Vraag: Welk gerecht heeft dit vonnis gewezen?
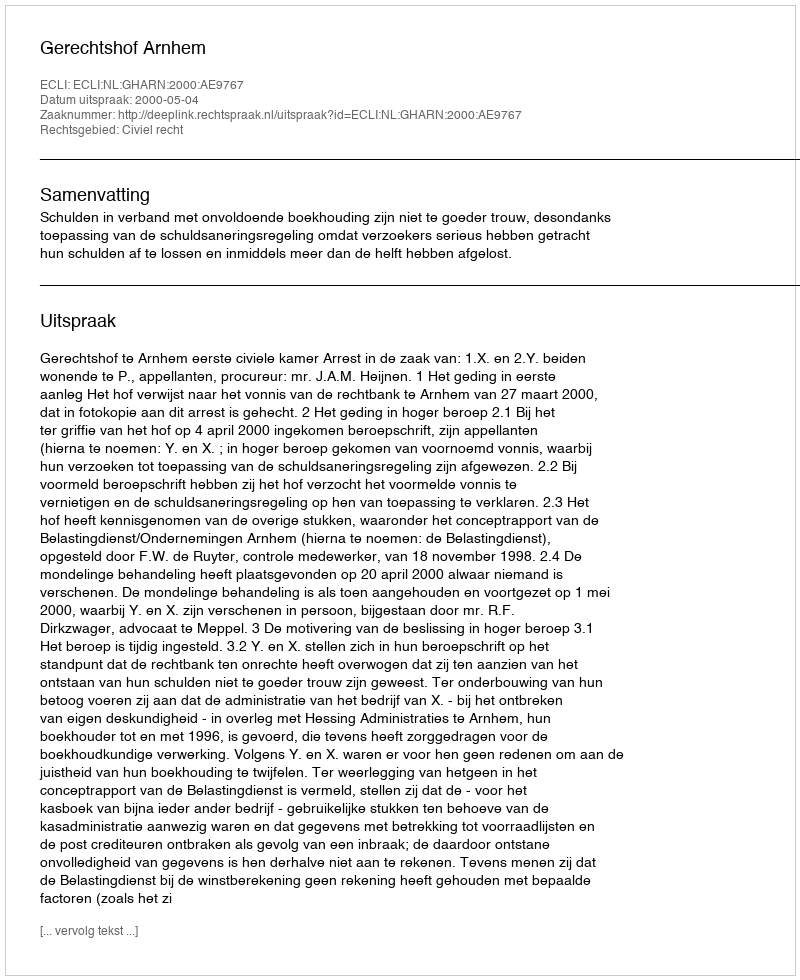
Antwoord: Gerechtshof Arnhem